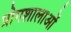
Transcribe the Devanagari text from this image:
प्रोगशालाओं